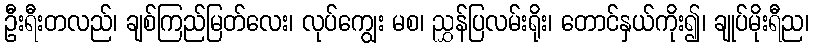
ဦးရီးတလည်၊ ချစ်ကြည်မြတ်လေး၊ လုပ်ကျွေး မစ၊ ညွှန်ပြလမ်းရိုး၊ တောင်နှယ်ကိုး၍၊ ချုပ်မိုးရီည၊